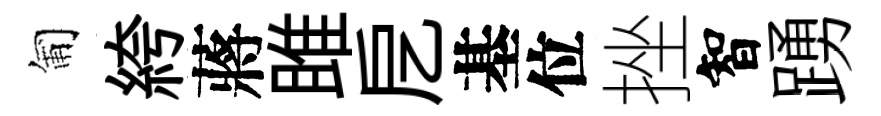
匍絝蔣雎戹基位挫智踴